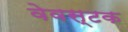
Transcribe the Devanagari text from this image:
वेवस्टक